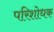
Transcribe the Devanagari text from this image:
परिशोधक